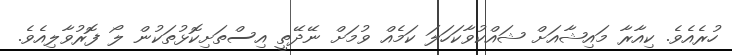
ހުރެއެވެ. ކިއާރާ މައިޝާއަށް ޝައްކުވާކަހަލަ ކަމެއް ވުމަށް ނޭދޭތީ އިސްތަށިކޮޅުތަކުން ލޯ ފޮރުވާލިއެވެ.